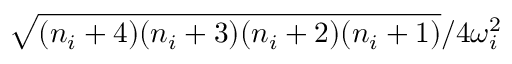
\sqrt { ( n _ { i } + 4 ) ( n _ { i } + 3 ) ( n _ { i } + 2 ) ( n _ { i } + 1 ) } / { 4 \omega _ { i } ^ { 2 } }